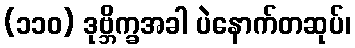
(၁၁၀) ဒုဗ္ဘိက္ခအခါ ပဲနောက်တဆုပ်၊